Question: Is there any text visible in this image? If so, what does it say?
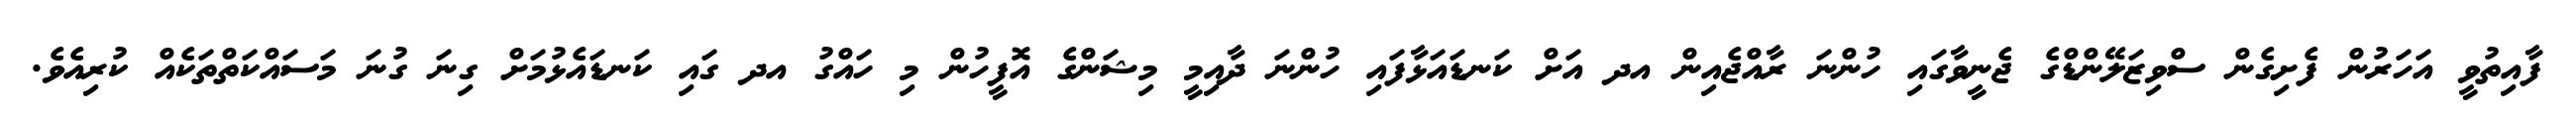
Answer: ފާއިތުވީ އަހަރުން ފެށިގެން ސްވިޒަލޭންޑްގެ ޖެނީވާގައި ހުންނަ ރާއްޖެއިން އދ އަށް ކަނޑައަޅާފައި ހުންނަ ދާއިމީ މިޝަންގެ އޮފީހުން މި ހައްގު އދ ގައި ކަނޑައެޅުމަށް ގިނަ ގުނަ މަސައްކަތްތަކެއް ކުރިއެވެ.